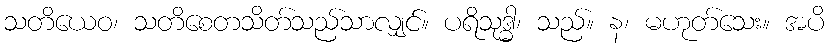
သတိယေဝ၊ သတိစေတသိတ်သည်သာလျှင်။ ပရိသုဒ္ဓါ၊ သည်။ န၊ မဟုတ်သေး။ အပိ